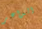
الداعر